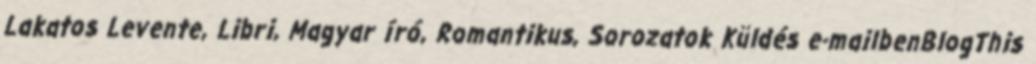
Lakatos Levente, Libri, Magyar író, Romantikus, Sorozatok Küldés e-mailbenBlogThis